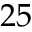
2 5